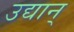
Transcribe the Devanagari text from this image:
उद्यान्